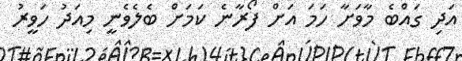
އަދި ގައްބެ މާވަށާ ހަމަ އަށް ފޯރާނެ ކަމަށް ބެލެވެނީ މިއަދު ހަވީރު